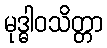
မုဒ္ဓါဝသိတ္တာ